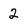
Character: 2